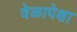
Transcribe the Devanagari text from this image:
वेळापेक्षा